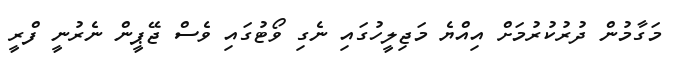
މަގާމުން ދުރުކުރުމަށް އިއްޔެ މަޖިލީހުގައި ނެގި ވޯޓުގައި ވެސް ޖޭޕީން ނެރުނީ ފްރީ